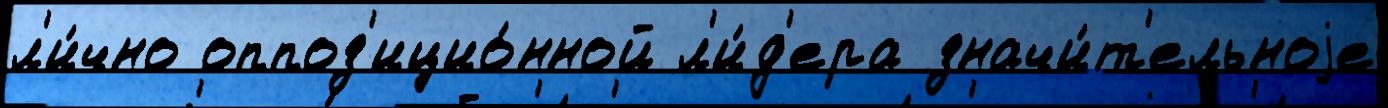
л'и́чно оппоз'ицио́нной л'и́д'ера значи́т'ельноjе